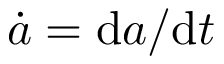
\dot { a } = \mathrm { d } a / \mathrm { d } t